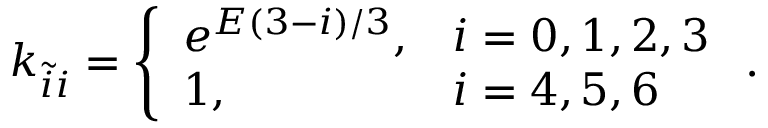
k _ { \tilde { i } i } = \left\{ \begin{array} { l l } { e ^ { E ( 3 - i ) / 3 } , } & { i = 0 , 1 , 2 , 3 } \\ { 1 , } & { i = 4 , 5 , 6 } \end{array} \right. .